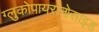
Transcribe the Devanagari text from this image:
ग्लुकोपायरानोसाइड